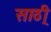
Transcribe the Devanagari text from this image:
साठी्